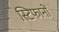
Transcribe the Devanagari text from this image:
स्टिफानों